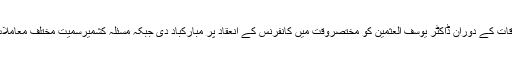
وزیر خارجہ نے او آئی سی سیکرٹری جنرل سے ملاقات کے دوران ڈاکٹر یوسف العثمین کو مختصروقت میں کانفرنس کے انعقاد پر مبارکباد دی جبکہ مسئلہ کشمیرسمیت مختلف معاملات میں حمایت پر اسلامی تعاون تنظیم کا شکریہ اداکیا۔